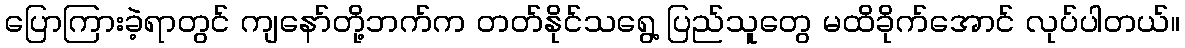
ပြောကြားခဲ့ရာတွင် ကျနော်တို့ဘက်က တတ်နိုင်သရွေ့ ပြည်သူတွေ မထိခိုက်အောင် လုပ်ပါတယ်။